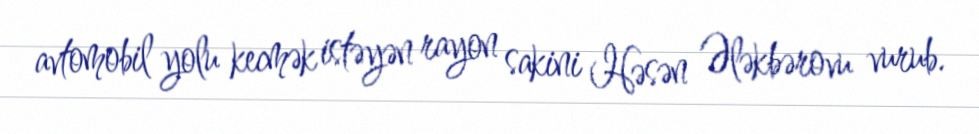
avtomobil yolu kecmək istəyən rayon sakini Həsən Ələkbərovu vurub.